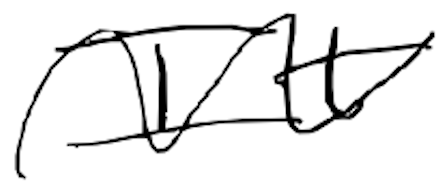
Text: It
Cross-out: wave
Writing tool: digital_black